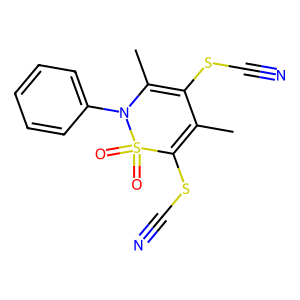
SMILES: CC1=C(SC#N)S(=O)(=O)N(c2ccccc2)C(C)=C1SC#N
Inhibits HIV replication: No